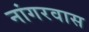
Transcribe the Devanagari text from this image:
नांगरवास